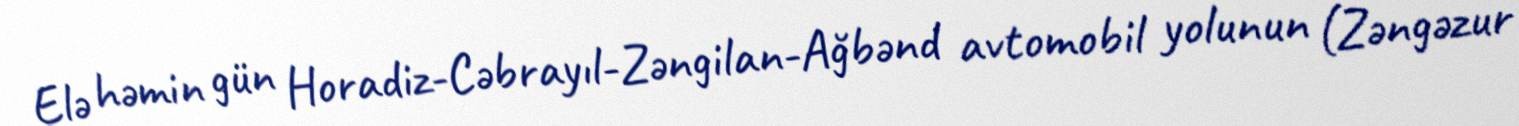
Elə həmin gün Horadiz-Cəbrayıl-Zəngilan-Ağbənd avtomobil yolunun (Zəngəzur